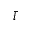
\bar { i }